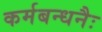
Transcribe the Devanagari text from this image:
कर्मबन्धनैः